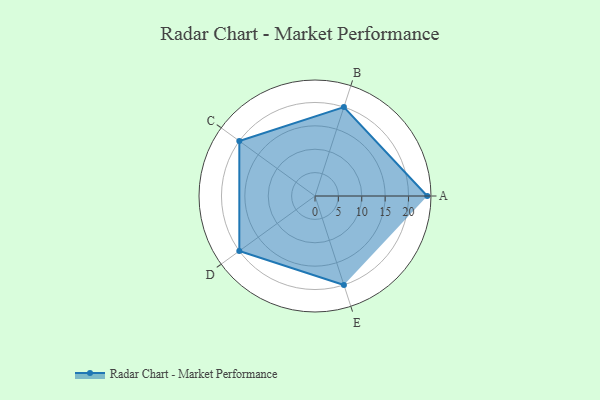
{"axis": {"x": "Skill", "y": "Score"}, "legend": ["Profile"], "data": [{"x": "A", "y": 24.0, "type": "Profile"}, {"x": "B", "y": 20.0, "type": "Profile"}, {"x": "C", "y": 20, "type": "Profile"}, {"x": "D", "y": 20, "type": "Profile"}, {"x": "E", "y": 20, "type": "Profile"}]}